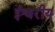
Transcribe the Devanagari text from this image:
र्इश्वरीय